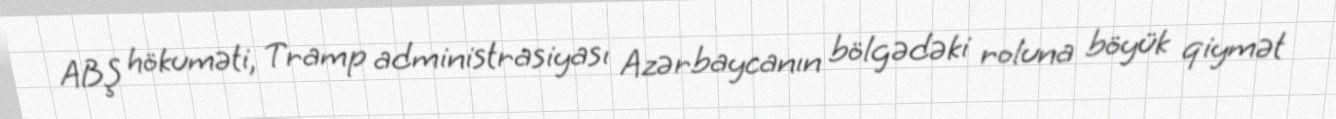
ABŞ hökuməti, Tramp administrasiyası Azərbaycanın bölgədəki roluna böyük qiymət